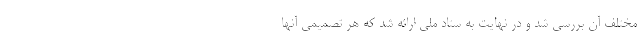
مختلف آن بررسی شد و در نهایت به ستاد ملی ارائه شد که هر تصمیمی آنها